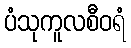
ပံသုကူလစီဝရံ